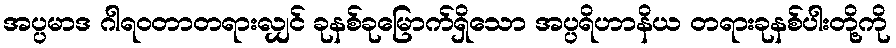
အပ္ပမာဒ ဂါရဝတာတရားလျှင် ခုနစ်ခုမြောက်ရှိသော အပ္ပရိဟာနိယ တရားခုနစ်ပါးတို့ကို